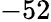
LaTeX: -52